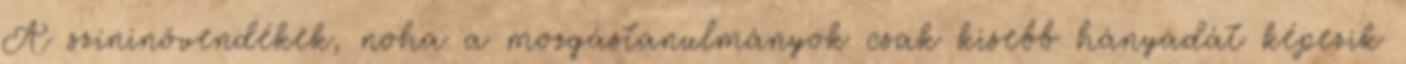
A színinövendékek, noha a mozgástanulmányok csak kisebb hányadát képezik